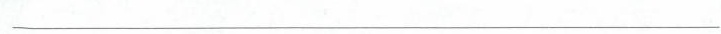
___________________________________________________________________。